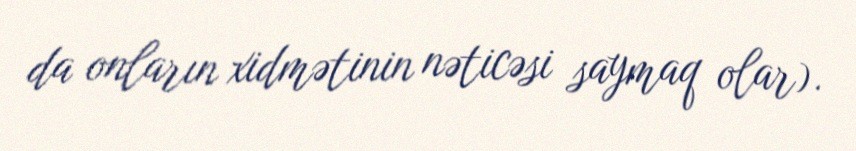
da onların xidmətinin nəticəsi saymaq olar).